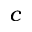
^ c